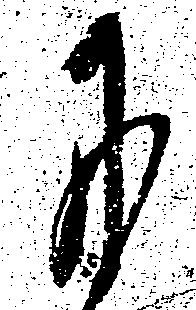
に